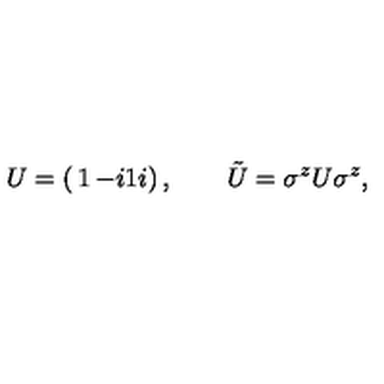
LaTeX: U = \left( \begin{matrix} { 1 } & { - i } \\ { 1 } & { i } \\ \end{matrix} \right) , \qquad \tilde { U } = \sigma ^ { z } U \sigma ^ { z } ,